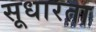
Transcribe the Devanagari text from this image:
सूधारता